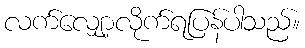
လက်လျှော့လိုက်ရပြန်ပါသည်။